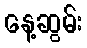
နေ့ဆွမ်း